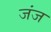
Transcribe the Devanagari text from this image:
जंज